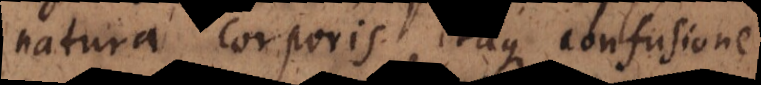
natura corporis, itaque confusione